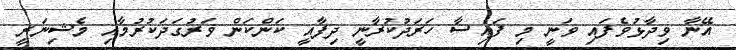
އޭނާ ވިދާޅުވެފައި ވަނީ މި ފައިސާ ހަރަދުކުރާނީ ދިފާއީ ކަންކަން ވަރުގަދަކުރުމާއި މެޝިނަރީ